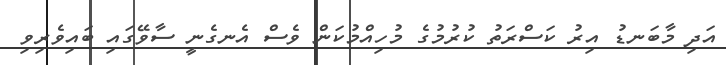
އަދި މާބަނޑު އިރު ކަސްރަތު ކުރުމުގެ މުހިއްމުކަން ވެސް އެނގެނީ ސާވޭގައި ބައިވެރިވި